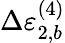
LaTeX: \Delta\varepsilon_{2,b}^{(4)}